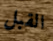
القبل